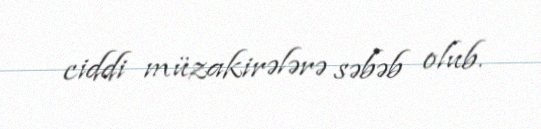
ciddi müzakirələrə səbəb olub.